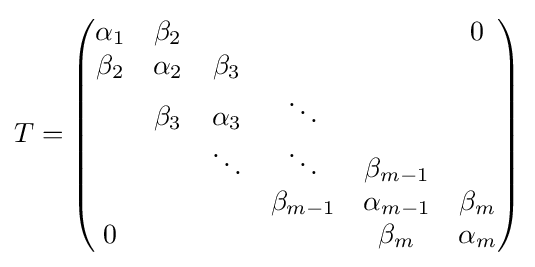
T={\begin{pmatrix}\alpha _{1}&\beta _{2}&&&&0\\\beta _{2}&\alpha _{2}&\beta _{3}&&&\\&\beta _{3}&\alpha _{3}&\ddots &&\\&&\ddots &\ddots &\beta _{m-1}&\\&&&\beta _{m-1}&\alpha _{m-1}&\beta _{m}\\0&&&&\beta _{m}&\alpha _{m}\\\end{pmatrix}}